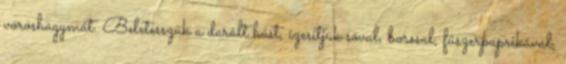
vöröshagymát. Beletesszük a darált húst, ízesítjük sóval, borssal, fűszerpaprikával,